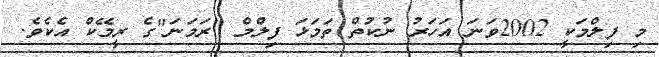
މި ފިލްމަކީ 2002ވަނަ އަހަރު ނުކުތް ތަމަޅަ ފިލްމް "ރަމަނަ"ގެ ރީމޭކް އެކެވެ.